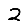
Digit: 2